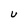
Character: U